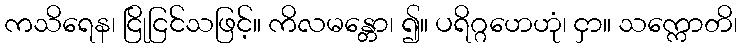
ကသိရေန၊ ငြိုငြင်သဖြင့်။ ကိလမန္တော၊ ၍။ ပရိဂ္ဂဟေဟုံ၊ ငှာ။ သက္ကောတိ၊